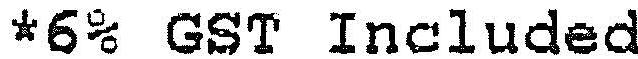
*6% GST INCLUDED